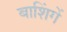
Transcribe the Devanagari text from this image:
बाशिंगें